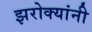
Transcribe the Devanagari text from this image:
झरोक्यांनी